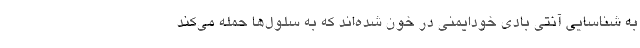
به شناسایی آنتی بادی خودایمنی در خون شده‌اند که به سلول‌ها حمله می‌کند